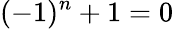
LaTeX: (-1)^{n}+1=0